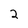
Character: 2